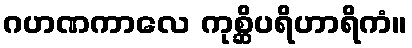
ဂဟဏကာလေ ကုစ္ဆိပရိဟာရိကံ။